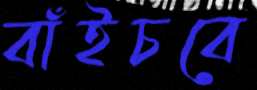
বাঁইচবে